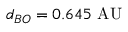
d _ { B O } = 0 . 6 4 5 { \mathrm { ~ A U } }